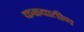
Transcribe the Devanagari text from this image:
कळवातीण